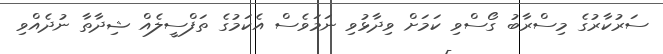
ސަރުކާރުގެ މިސްރާބު ގޯސްވި ކަމަށް ވިދާޅުވި ނަމަވެސް އެކަމުގެ ތަފްސީލެއް ޝިދާތާ ނުދެއްވި